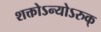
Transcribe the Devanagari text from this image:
शक्तोऽन्योऽरुक्